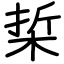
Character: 梊